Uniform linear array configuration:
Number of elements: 48
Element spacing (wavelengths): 0.75
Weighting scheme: hamming
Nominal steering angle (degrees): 45
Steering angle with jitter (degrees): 45.663
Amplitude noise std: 0.05
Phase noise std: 0.05

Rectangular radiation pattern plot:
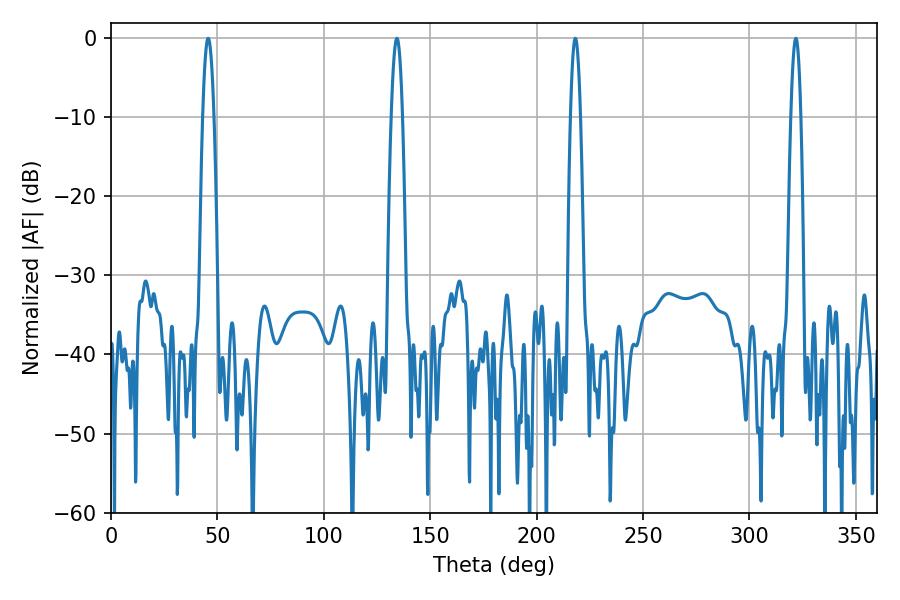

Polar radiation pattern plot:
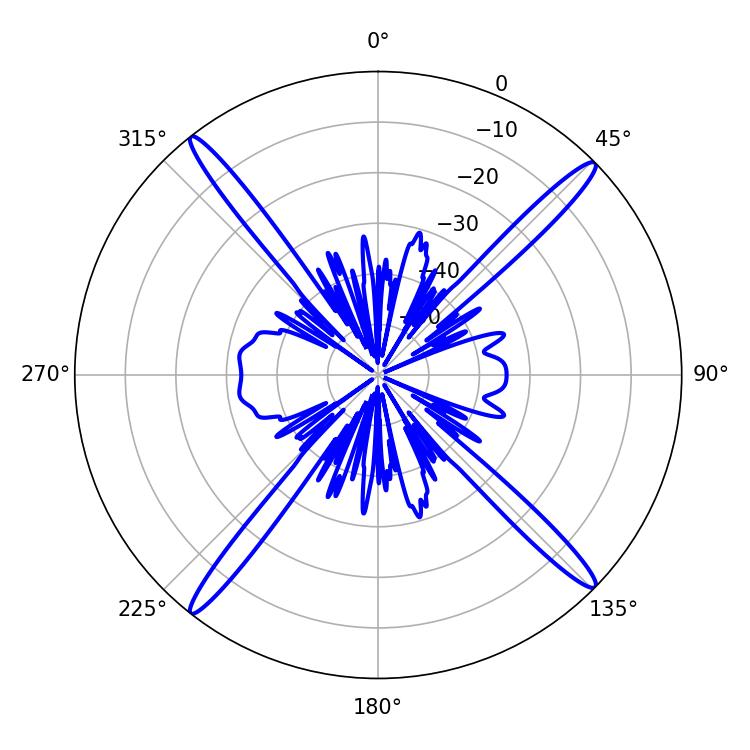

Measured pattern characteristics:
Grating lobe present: TRUE
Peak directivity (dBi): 20.398
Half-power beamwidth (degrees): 2.52
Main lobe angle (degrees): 218.16